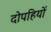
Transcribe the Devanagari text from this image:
दोपहियों